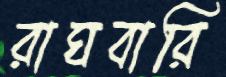
রাঘবারি